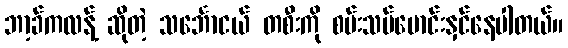
ဘာ့ခ်ကလန့် ဆိုတဲ့ သင်္ဘောငယ် တစီးကို စမ်းသပ်မောင်းနှင်နေပါတယ်။